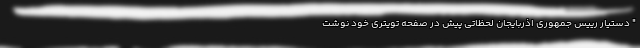
" دستیار رییس جمهوری اذربایجان لحظاتی پیش در صفحه تویتری خود نوشت